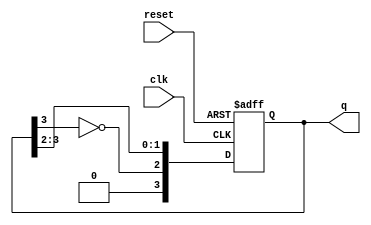
module johnson_counter #(parameter N = 4) (
    input wire clk,        // Clock input
    input wire reset,      // Asynchronous reset input
    output reg [N-1:0] q   // Counter output
);

// Always block triggered on the rising edge of the clock or reset
always @(posedge clk or posedge reset) begin
    if (reset) begin
        q <= 0; // Reset the counter to 0
    end else begin
        // Johnson counter logic
        q <= {~q[N-1], q[N-1:N-2]}; // Shift and invert the last flip-flop output
    end
end

endmodule